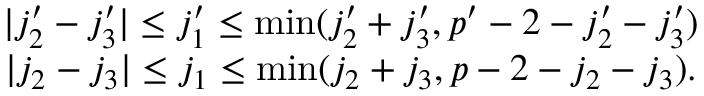
\begin{array} { c } { { | j _ { 2 } ^ { \prime } - j _ { 3 } ^ { \prime } | \leq j _ { 1 } ^ { \prime } \leq \operatorname * { m i n } ( j _ { 2 } ^ { \prime } + j _ { 3 } ^ { \prime } , p ^ { \prime } - 2 - j _ { 2 } ^ { \prime } - j _ { 3 } ^ { \prime } ) } } \\ { { | j _ { 2 } - j _ { 3 } | \leq j _ { 1 } \leq \operatorname * { m i n } ( j _ { 2 } + j _ { 3 } , p - 2 - j _ { 2 } - j _ { 3 } ) . } } \end{array}